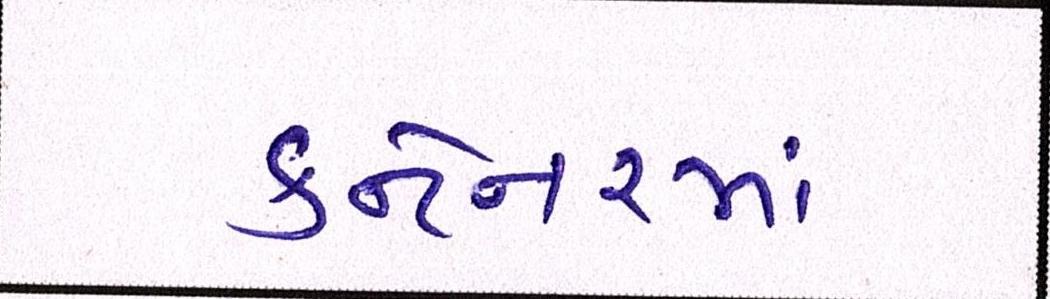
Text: કન્ટેનરમાં